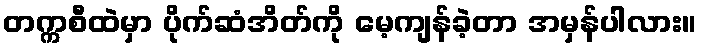
တက္ကစီထဲမှာ ပိုက်ဆံအိတ်ကို မေ့ကျန်ခဲ့တာ အမှန်ပါလား။